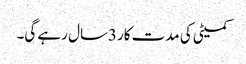
کمیٹی کی مدت کار3سال رہے گی۔